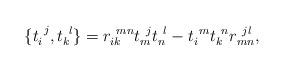
LaTeX: \begin{align*}\{ t_{i}^{~j},t_{k}^{~l}\}=r_{ik}^{~mn}t_{m}^{~j}t_{n}^{~l}-t_{i}^{~m}t_{k}^{~n}r_{mn}^{~jl},\end{align*}